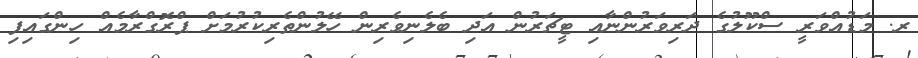
ރ. މަޑުއްވަރީ ސްކޫލުގެ ދަރިވަރުންނާއި ޓީޗަރުން އަދި ބެލެނިވެރިން ހޭލުންތެރިކުރުމަށް ޕްރޮގްރާމެއް ހިންގައިފި